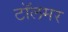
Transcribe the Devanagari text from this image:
टॉलमर